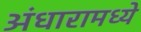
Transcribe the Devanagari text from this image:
अंधारामध्ये